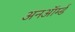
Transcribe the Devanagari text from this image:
अनऑर्म्ड